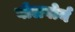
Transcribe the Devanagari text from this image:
बोलवोर्म